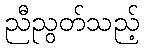
ညီညွတ်သည့်